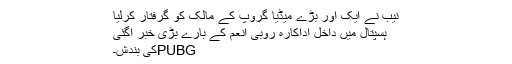
نیب نے ایک اور بڑے میڈیا گروپ کے مالک کو گرفتار کرلیا
ہسپتال میں داخل اداکارہ روبی انعم کے بارے بڑی خبر آگئی
PUBGکی بندش۔